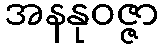
အနနုဝဇ္ဇာ